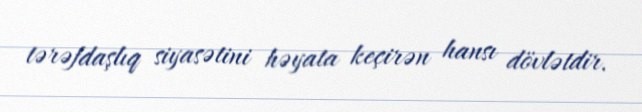
tərəfdaşlıq siyasətini həyata keçirən hansı dövlətdir.